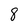
Character: 8